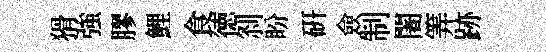
猾強膠鯉食徳𠛴盼研僉制闍筭跡